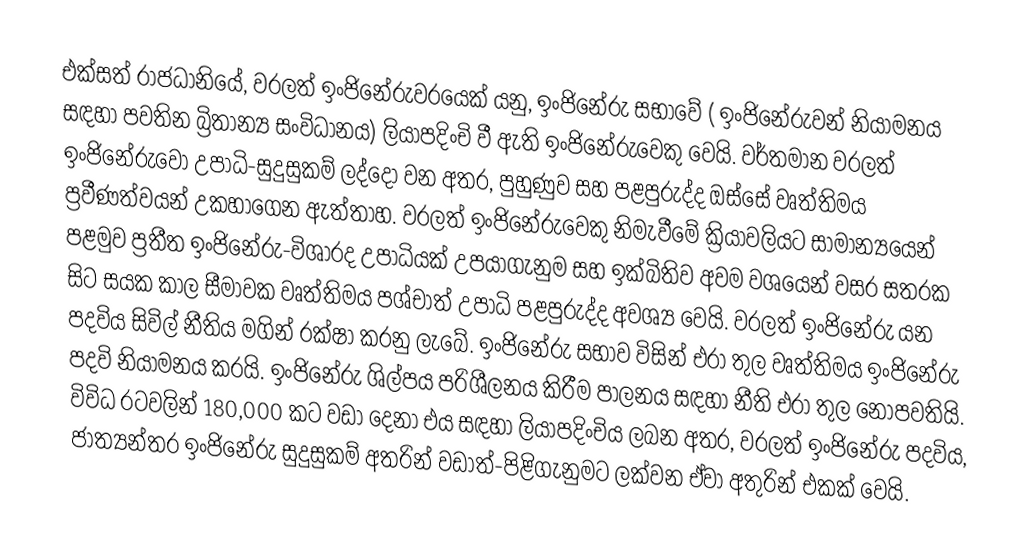
එක්සත් රාජධානියේ, වරලත් ඉංජිනේරුවරයෙක් යනු,  ඉංජිනේරු සභාවේ ( ඉංජිනේරුවන් නියාමනය සඳහා පවතින බ්‍රිතාන්‍ය සංවිධානය) ලියාපදිංචි වී ඇති  ඉංජිනේරුවෙකු වෙයි. වර්තමාන වරලත් ඉංජිනේරුවෝ උපාධි-සුදුසුකම් ලද්දෝ වන අතර, පුහුණුව සහ පළපුරුද්ද ඔස්සේ වෘත්තිමය ප්‍රවීණත්වයන් උකහාගෙන ඇත්තාහ. වරලත් ඉංජිනේරුවෙකු නිමැවීමේ ක්‍රියාවලියට සාමාන්‍යයෙන් පළමුව ප්‍රතීත ඉංජිනේරු-විශාරද උපාධියක් උපයාගැනුම සහ ඉක්බිතිව අවම වශයෙන් වසර සතරක සිට සයක කාල සීමාවක වෘත්තිමය පශ්චාත් උපාධි පළපුරුද්ද අවශ්‍ය වෙයි. වරලත් ඉංජිනේරු යන පදවිය සිවිල් නීතිය මගින් රක්ෂා කරනු ලැබේ. ඉංජිනේරු සභාව විසින් එරා තුල වෘත්තිමය ඉංජිනේරු පදවි නියාමනය කරයි.  ඉංජිනේරු ශිල්පය පරිශීලනය කිරීම පාලනය සඳහා නීති එරා තුල නොපවතියි.  විවිධ රටවලින් 180,000 කට වඩා දෙනා එය සඳහා ලියාපදිංචිය ලබන අතර,  වරලත් ඉංජිනේරු පදවිය, ජාත්‍යන්තර ඉංජිනේරු සුදුසුකම් අතරින් වඩාත්-පිළිගැනුමට ලක්වන ඒවා අතුරින් එකක් වෙයි.